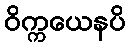
ဝိက္ကယေနပိ